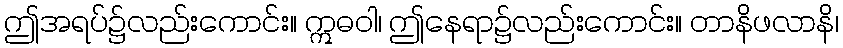
ဤအရပ်၌လည်းကောင်း။ ဣဓဝါ၊ ဤနေရာ၌လည်းကောင်း။ တာနိဖလာနိ၊